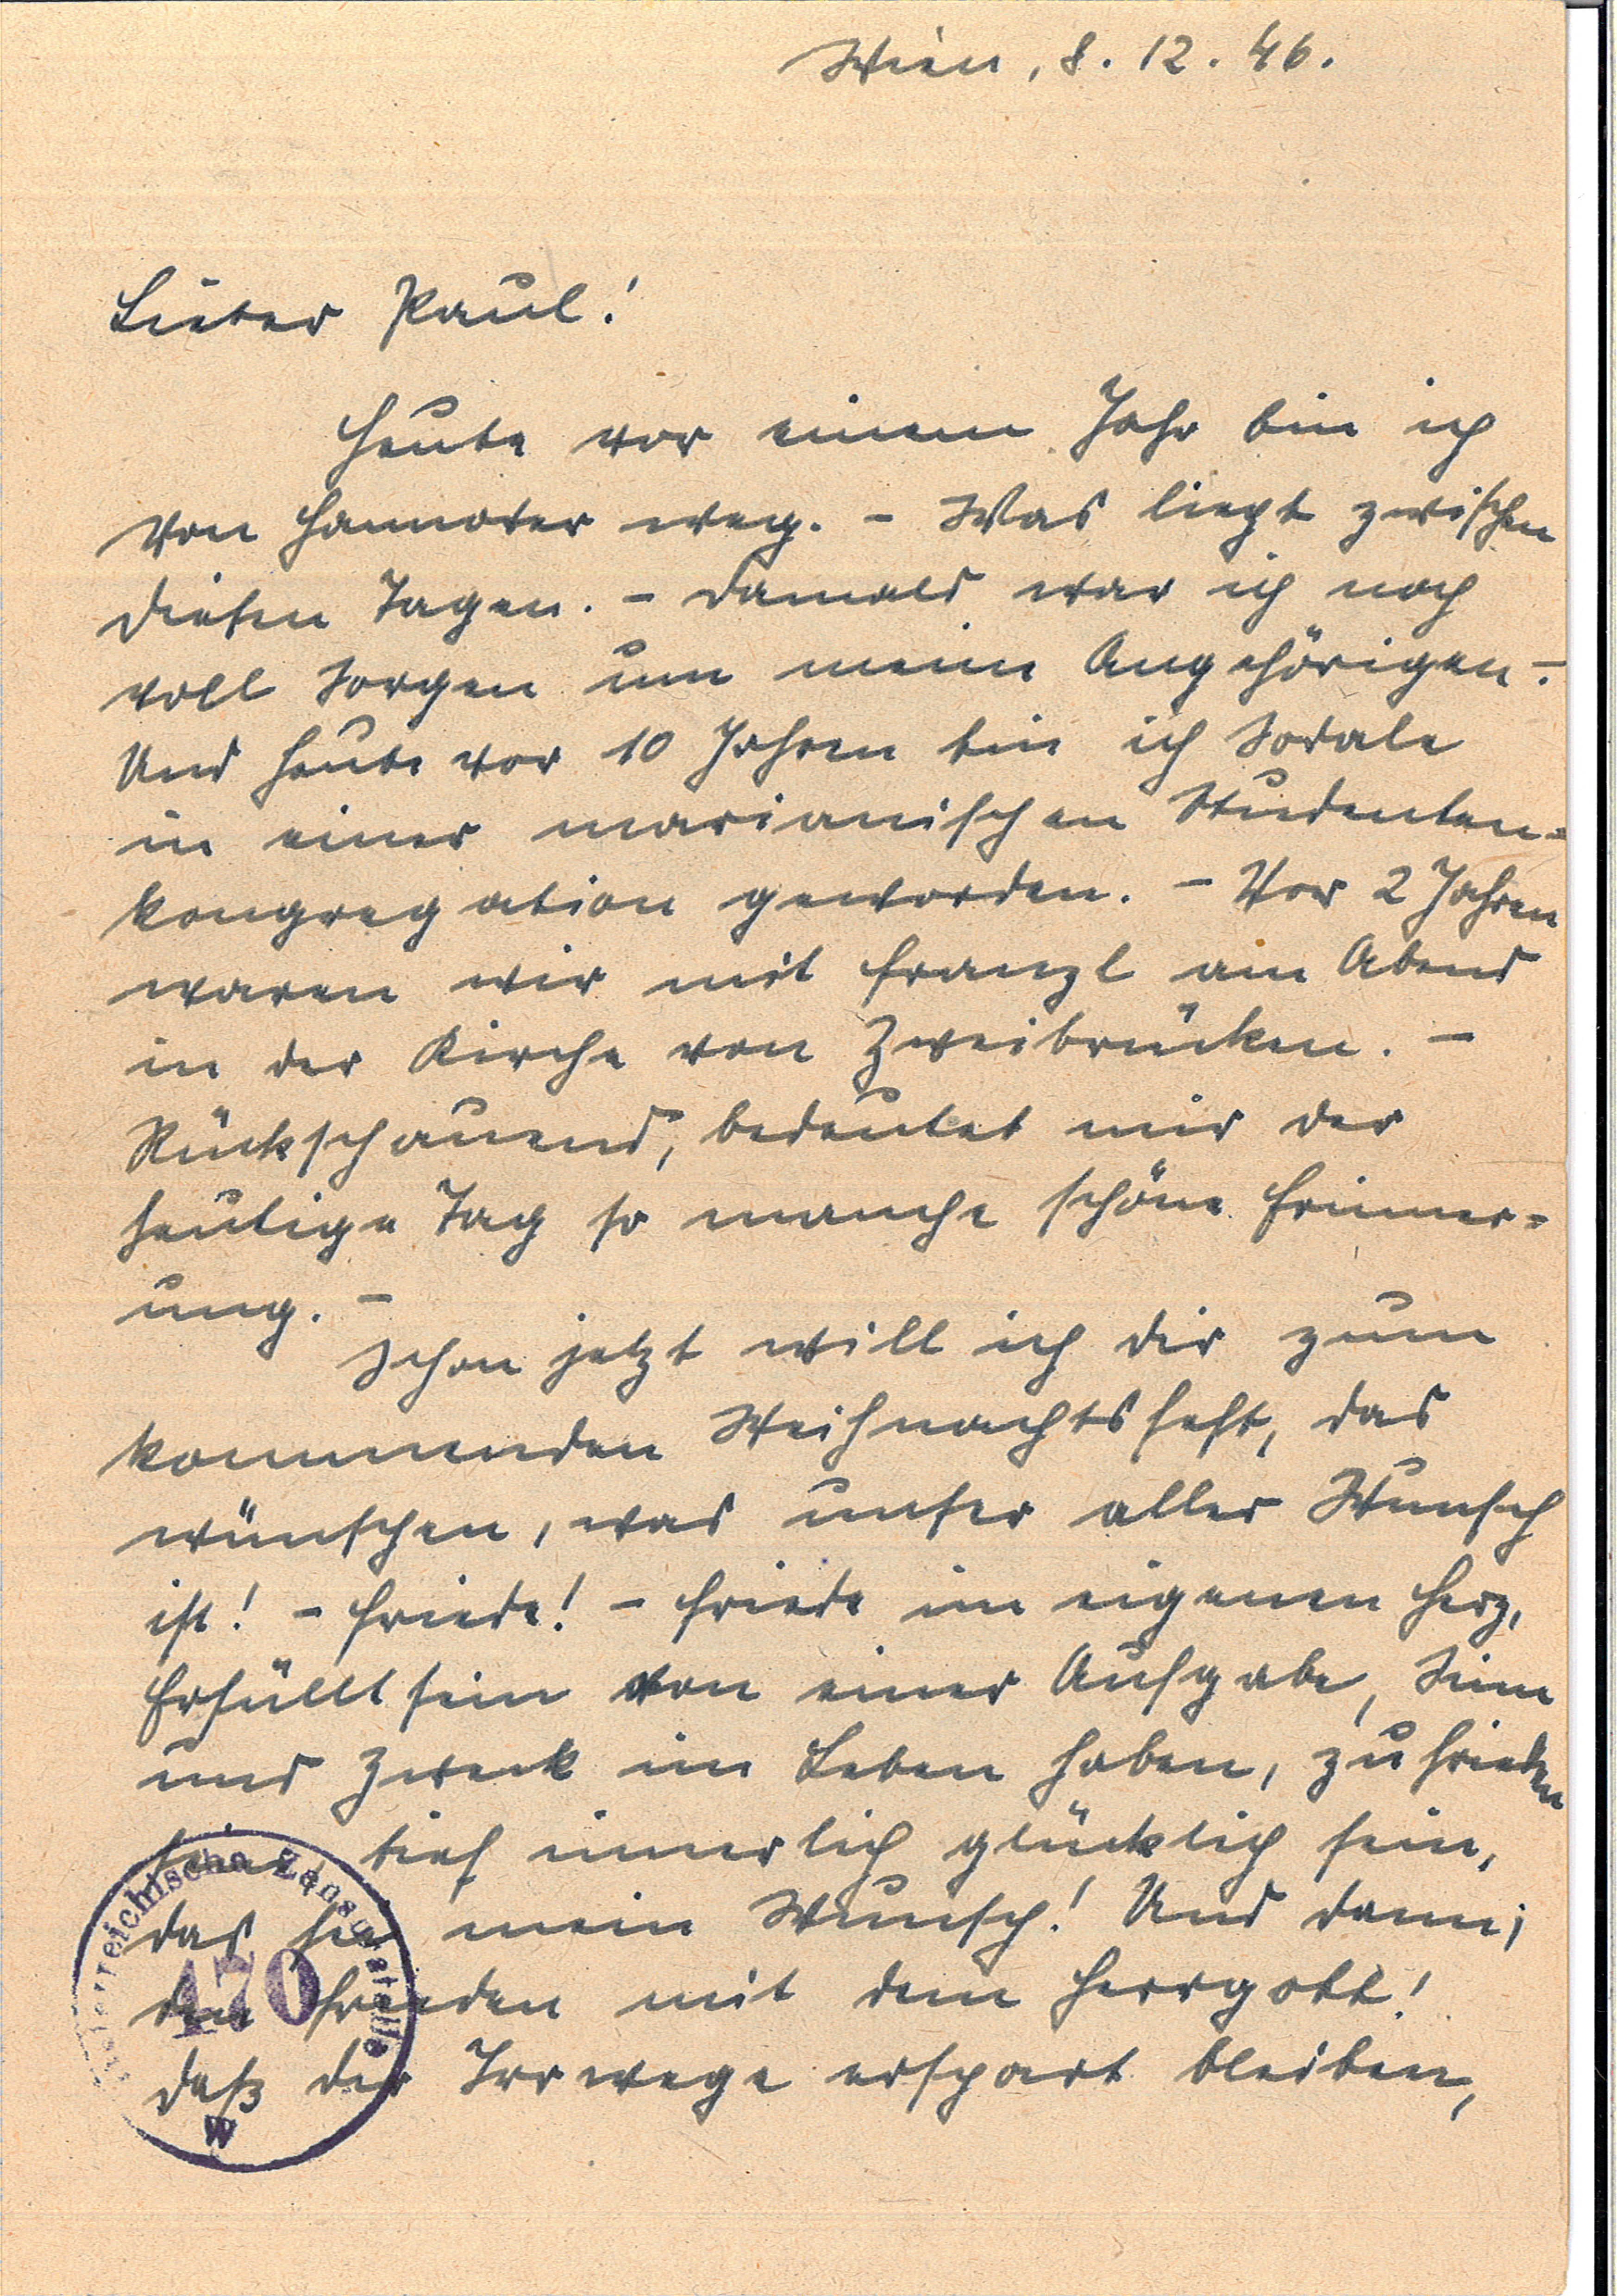
Wien, 8.12.46
Lieber Paul!
Heute von einem Jahr bin ich
von Hannover weg.  -  Was liegt zwischen
diesen Tagen. - Damals war ich noch
voll Sorgen um meine Angehörigen.-
Und heute vor 10 Jahren bin ich Sodale
in einer marianischen Studenten¬
kongretation geworden. - Vor 2 Jahren
waren wir mit Franzl am Abend
in der Kirche von Zweibrücken. -
Rückschauend, bedeutet mir der
heutige Tag so manche schöne Erinner¬
ung. -
Schon jetzt will ich dir zum
kommenden Weihnachtsfest, das
wünschen, was unser aller Wunsch
ist! - Friede! - Friede im eigenen Herz,
Erfüllt sein von einer Aufgabe, Sinn
und Zweck im Leben haben, zufrieden
sein, tief innerlich glücklich sein,
das sei mein Wunsch! Und dann,
den Frieden mit dem Herrgott!
Daß dir Irrwege erspart bleiben,